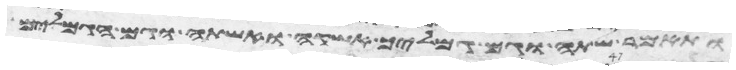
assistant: ותאמר שתה וגם גמליך אשקה ואשתה וגם הגמלים